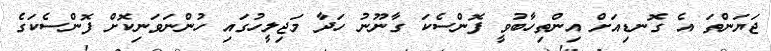
ޖަޔަންތަ އެ ގޮނޑިއަށް އިންތިހާބުވީ ފޮންސެކަ ގާނޫނު ހަދާ މަޖިލީހުގައި ހުންނަވަނިކޮށް ފޮންސެކަގެ